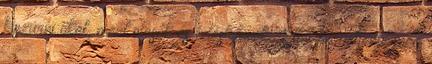
kiszúrni őket, mert olcsók és ízléstelenek. Ettől függetlenül még